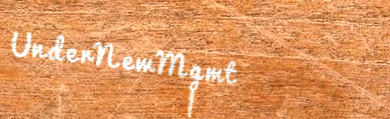
UnderNewMgmt